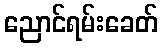
ညောင်ရမ်းခေတ်